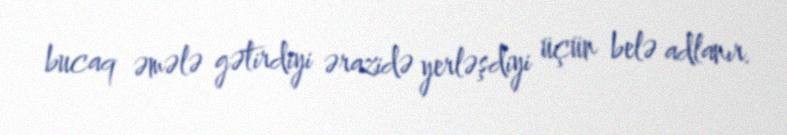
bucaq əmələ gətirdiyi ərazidə yerləşdiyi üçün belə adlanır.